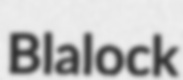
Blalock